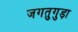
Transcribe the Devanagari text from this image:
जगतुगुड़ा